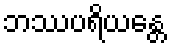
ဘဿပရိယန္တေ